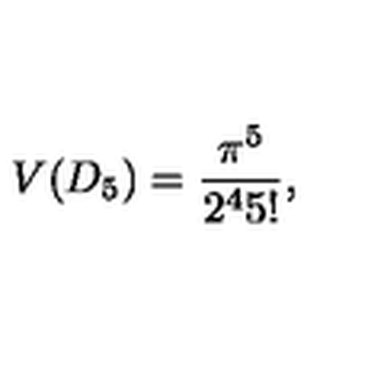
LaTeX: V ( D _ { 5 } ) = \frac { \pi ^ { 5 } } { 2 ^ { 4 } 5 ! } ,